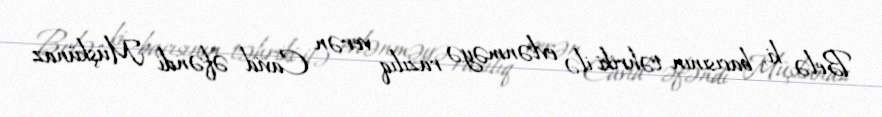
Belə ki, bacısının təhriki ilə evlənməyə razılıq verən Cavid əfəndi Müşkünaz